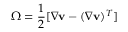
\Omega = \frac { 1 } { 2 } [ \nabla \mathbf { v } - ( \nabla \mathbf { v } ) ^ { T } ]